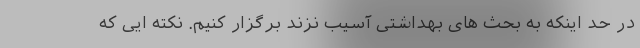
در حد اینکه به بحث های بهداشتی آسیب نزند برگزار کنیم. نکته ایی که